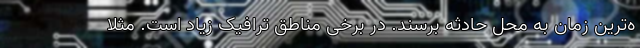
ه‌ترین زمان به محل حادثه برسند. در برخی مناطق ترافیک زیاد است. مثلاً